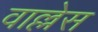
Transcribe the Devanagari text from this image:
वाल्लेस